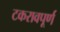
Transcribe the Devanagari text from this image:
टकरावपूर्ण